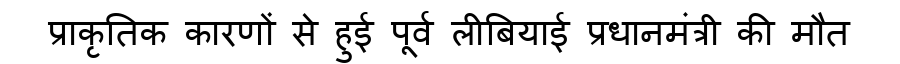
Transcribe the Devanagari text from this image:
प्राकृतिक कारणों से हुई पूर्व लीबियाई प्रधानमंत्री की मौत